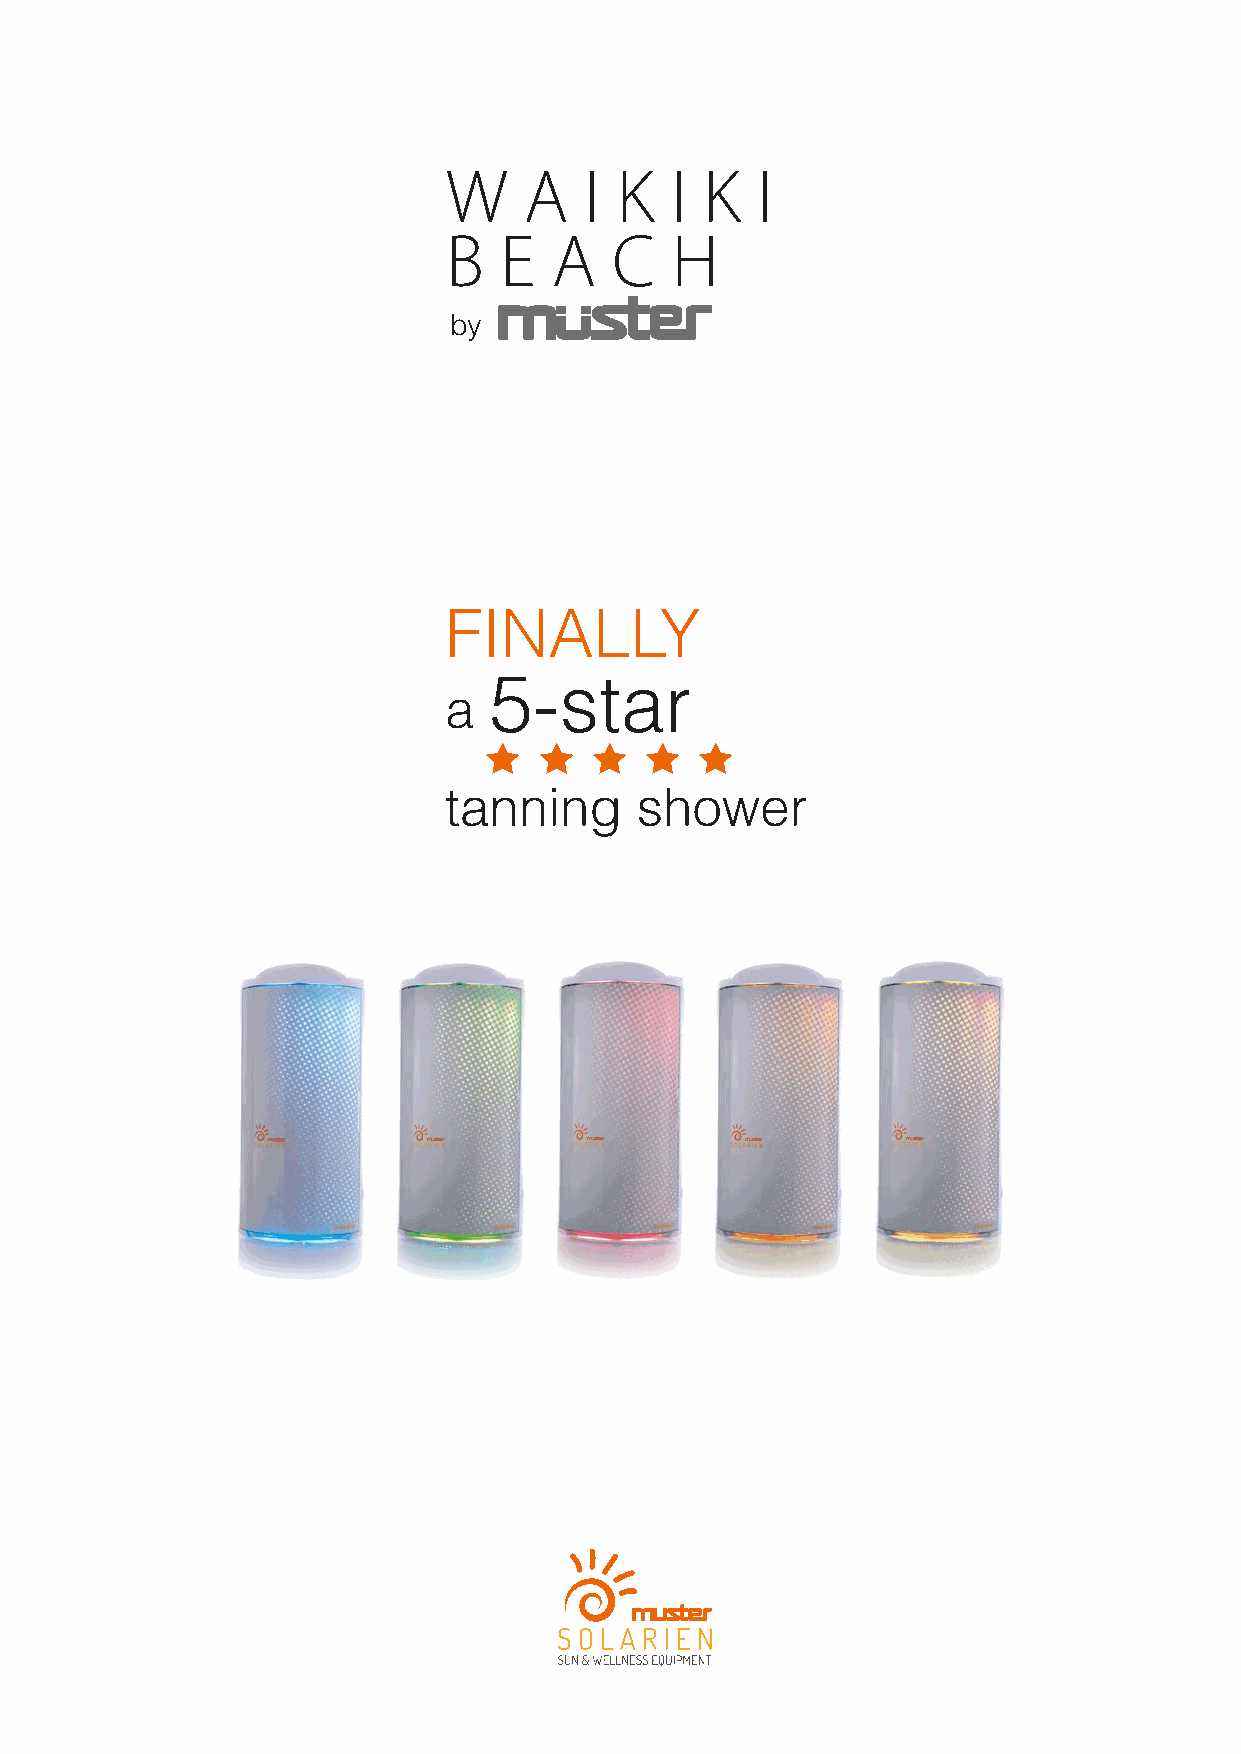
W    A   I K  I  K  I
 B  E   A   C  H
 by
 FINALLY
 5-star
 a
           
 tanning      shower